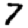
Digit: 7